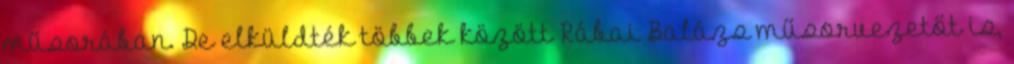
műsorában. De elküldték többek között Rábai Balázs műsorvezetőt is,